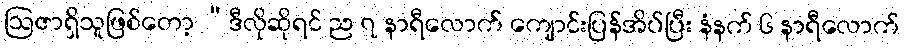
ဩဇာရှိသူဖြစ်တော့ “ဒီလိုဆိုရင် ည ၇ နာရီလောက် ကျောင်းပြန်အိပ်ပြီး နံနက် ၆ နာရီလောက်